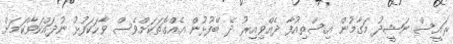
ރައީސް ނަޝީދު މަގާމުން އިސްތިއުފާ ދެެއްވިއިރު ދެ ބޭފުޅުން އެއްގޮތަކަށްވެސް ވާހަކަފުޅު ނުދައްކަވާކަމަށް